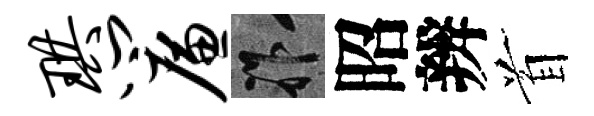
珙帘祚昭辨首